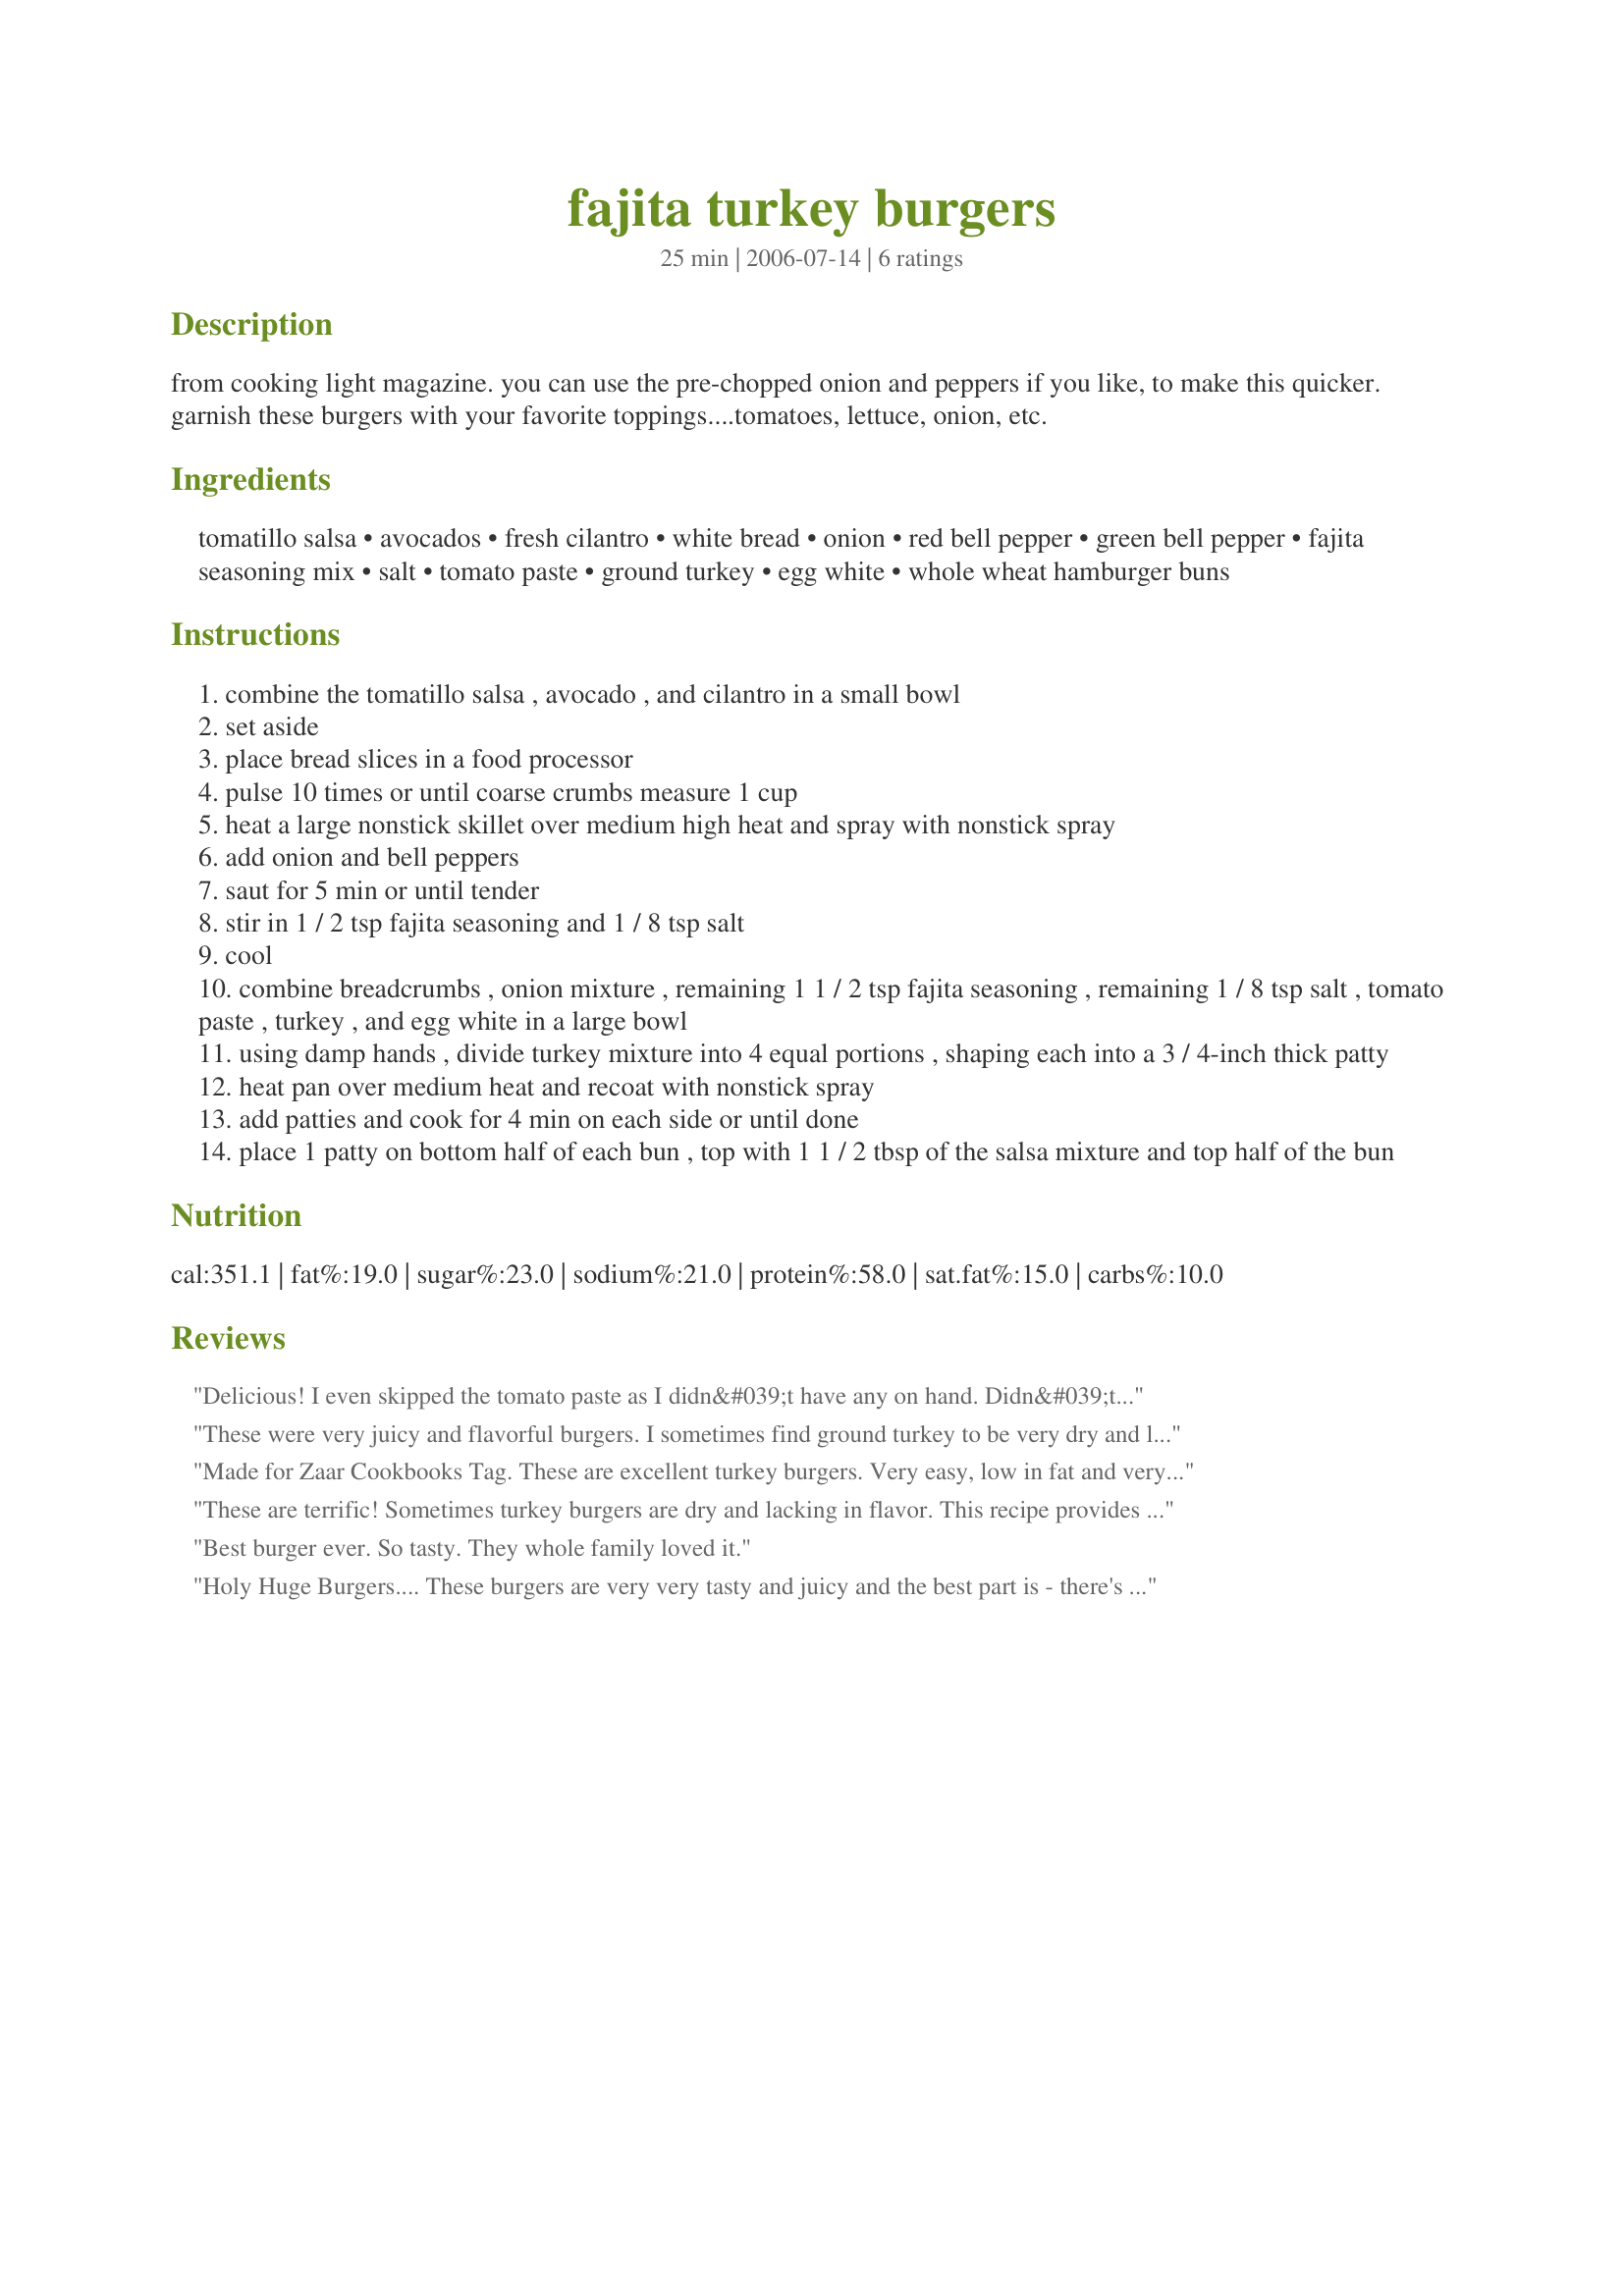
fajita turkey burgers
Preparation time: 25 minutes

from cooking light magazine. you can use the pre-chopped onion and peppers if you like, to make this quicker. garnish these burgers with your favorite toppings....tomatoes, lettuce, onion, etc.

Ingredients:
tomatillo salsa, avocados, fresh cilantro, white bread, onion, red bell pepper, green bell pepper, fajita seasoning mix, salt, tomato paste, ground turkey, egg white, whole wheat hamburger buns

Steps:
combine the tomatillo salsa , avocado , and cilantro in a small bowl
set aside
place bread slices in a food processor
pulse 10 times or until coarse crumbs measure 1 cup
heat a large nonstick skillet over medium high heat and spray with nonstick spray
add onion and bell peppers
saut for 5 min or until tender
stir in 1 / 2 tsp fajita seasoning and 1 / 8 tsp salt
cool
combine breadcrumbs , onion mixture , remaining 1 1 / 2 tsp fajita seasoning , remaining 1 / 8 tsp salt , tomato paste , turkey , and egg white in a large bowl
using damp hands , divide turkey mixture into 4 equal portions , shaping each into a 3 / 4-inch thick patty
heat pan over medium heat and recoat with nonstick spray
add patties and cook for 4 min on each side or until done
place 1 patty on bottom half of each bun , top with 1 1 / 2 tbsp of the salsa mixture and top half of the bun

Reviews:
Delicious! I even skipped the tomato paste as I didn&#039;t have any on hand. Didn&#039;t add any salt either. I did melt white cheddar cheese on top at the end of cooking...very good!
These were very juicy and flavorful burgers. I sometimes find ground turkey to be very dry and lacking, but that can't be said for this recipe. I did use ground turkey breast which made very sticky raw burgers, but they firmed up well in the frying pan. My personal tastes felt that 1 cup of chopped peppers was a little much, but my pepper loving hubby really liked the flavor they added. I served these on whole wheat buns with romaine lettuce, a slice of tomato and the tomatillo/avocado salsa. It was a good balance of flavors and a recipe worth trying again.
Made for Zaar Cookbooks Tag. These are excellent turkey burgers. Very easy, low in fat and very tasty. Because of a food allergy, I used 1/2 cup of oatmeal in place of the bread and they worked just fine. Have never sauteed veggies for a burger before ~ it really brings out their flavors. Will be making these again. Thanks for posting this SkinnieMinnie!
These are terrific! Sometimes turkey burgers are dry and lacking in flavor. This recipe provides the exact opposite. I really loved the flavor from the faijita seasoning and cooked veggies. Perfect! I couldn't find tomatilla salsa so I combined avocado, cilantro and chopped tomatoes instead. Made for Healthy Choices tag game.
Best burger ever. So tasty. They whole family loved it.
Holy Huge Burgers.... These burgers are very very tasty and juicy and the best part is - there's no fat.... these are Good AND good for you... I highly recommend everyone give them a try.... YUMM
